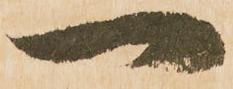
一